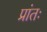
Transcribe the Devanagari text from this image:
प्रांतः